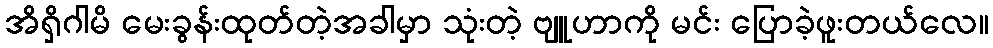
အိရှိဂါမိ မေးခွန်းထုတ်တဲ့အခါမှာ သုံးတဲ့ ဗျူဟာကို မင်း ပြောခဲ့ဖူးတယ်လေ။